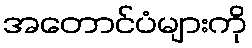
အတောင်ပံများကို